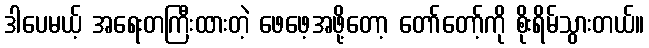
ဒါပေမယ့် အရေးတကြီးထားတဲ့ ဖေဖေ့အဖို့တော့ တော်တော့်ကို စိုးရိမ်သွားတယ်။